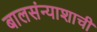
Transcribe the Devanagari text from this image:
बालसंन्याशाची